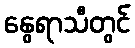
နွေရာသီတွင်